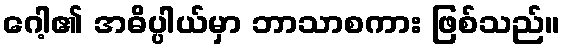
ဂေါ့၏ အဓိပ္ပါယ်မှာ ဘာသာစကား ဖြစ်သည်။